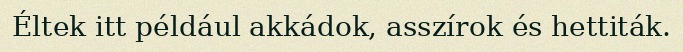
Éltek itt például akkádok, asszírok és hettiták.